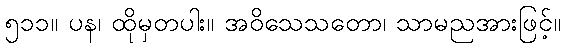
၅၁၁။ ပန၊ ထိုမှတပါး။ အဝိသေသတော၊ သာမညအားဖြင့်။